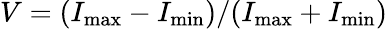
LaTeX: V=(I_{\mathrm{max}}-I_{\mathrm{min}})/(I_{\mathrm{max}}+I_{\mathrm{min}})